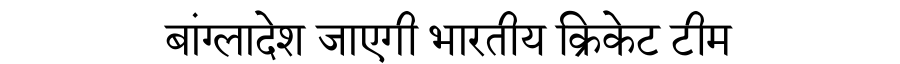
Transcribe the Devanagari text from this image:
बांग्लादेश जाएगी भारतीय क्रिकेट टीम